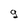
Character: 9